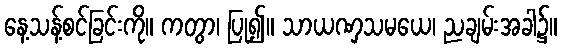
နေ့သန့်စင်ခြင်းကို။ ကတွာ၊ ပြု၍။ သာယဏှသမယေ၊ ညချမ်းအခါ၌။